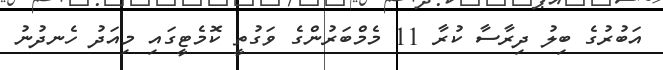
އަބުރުގެ ބިލު ދިރާސާ ކުރާ 11 މެމްބަރުންގެ ވަގުތީ ކޮމެޓީގައި މިއަދު ހެނދުނު